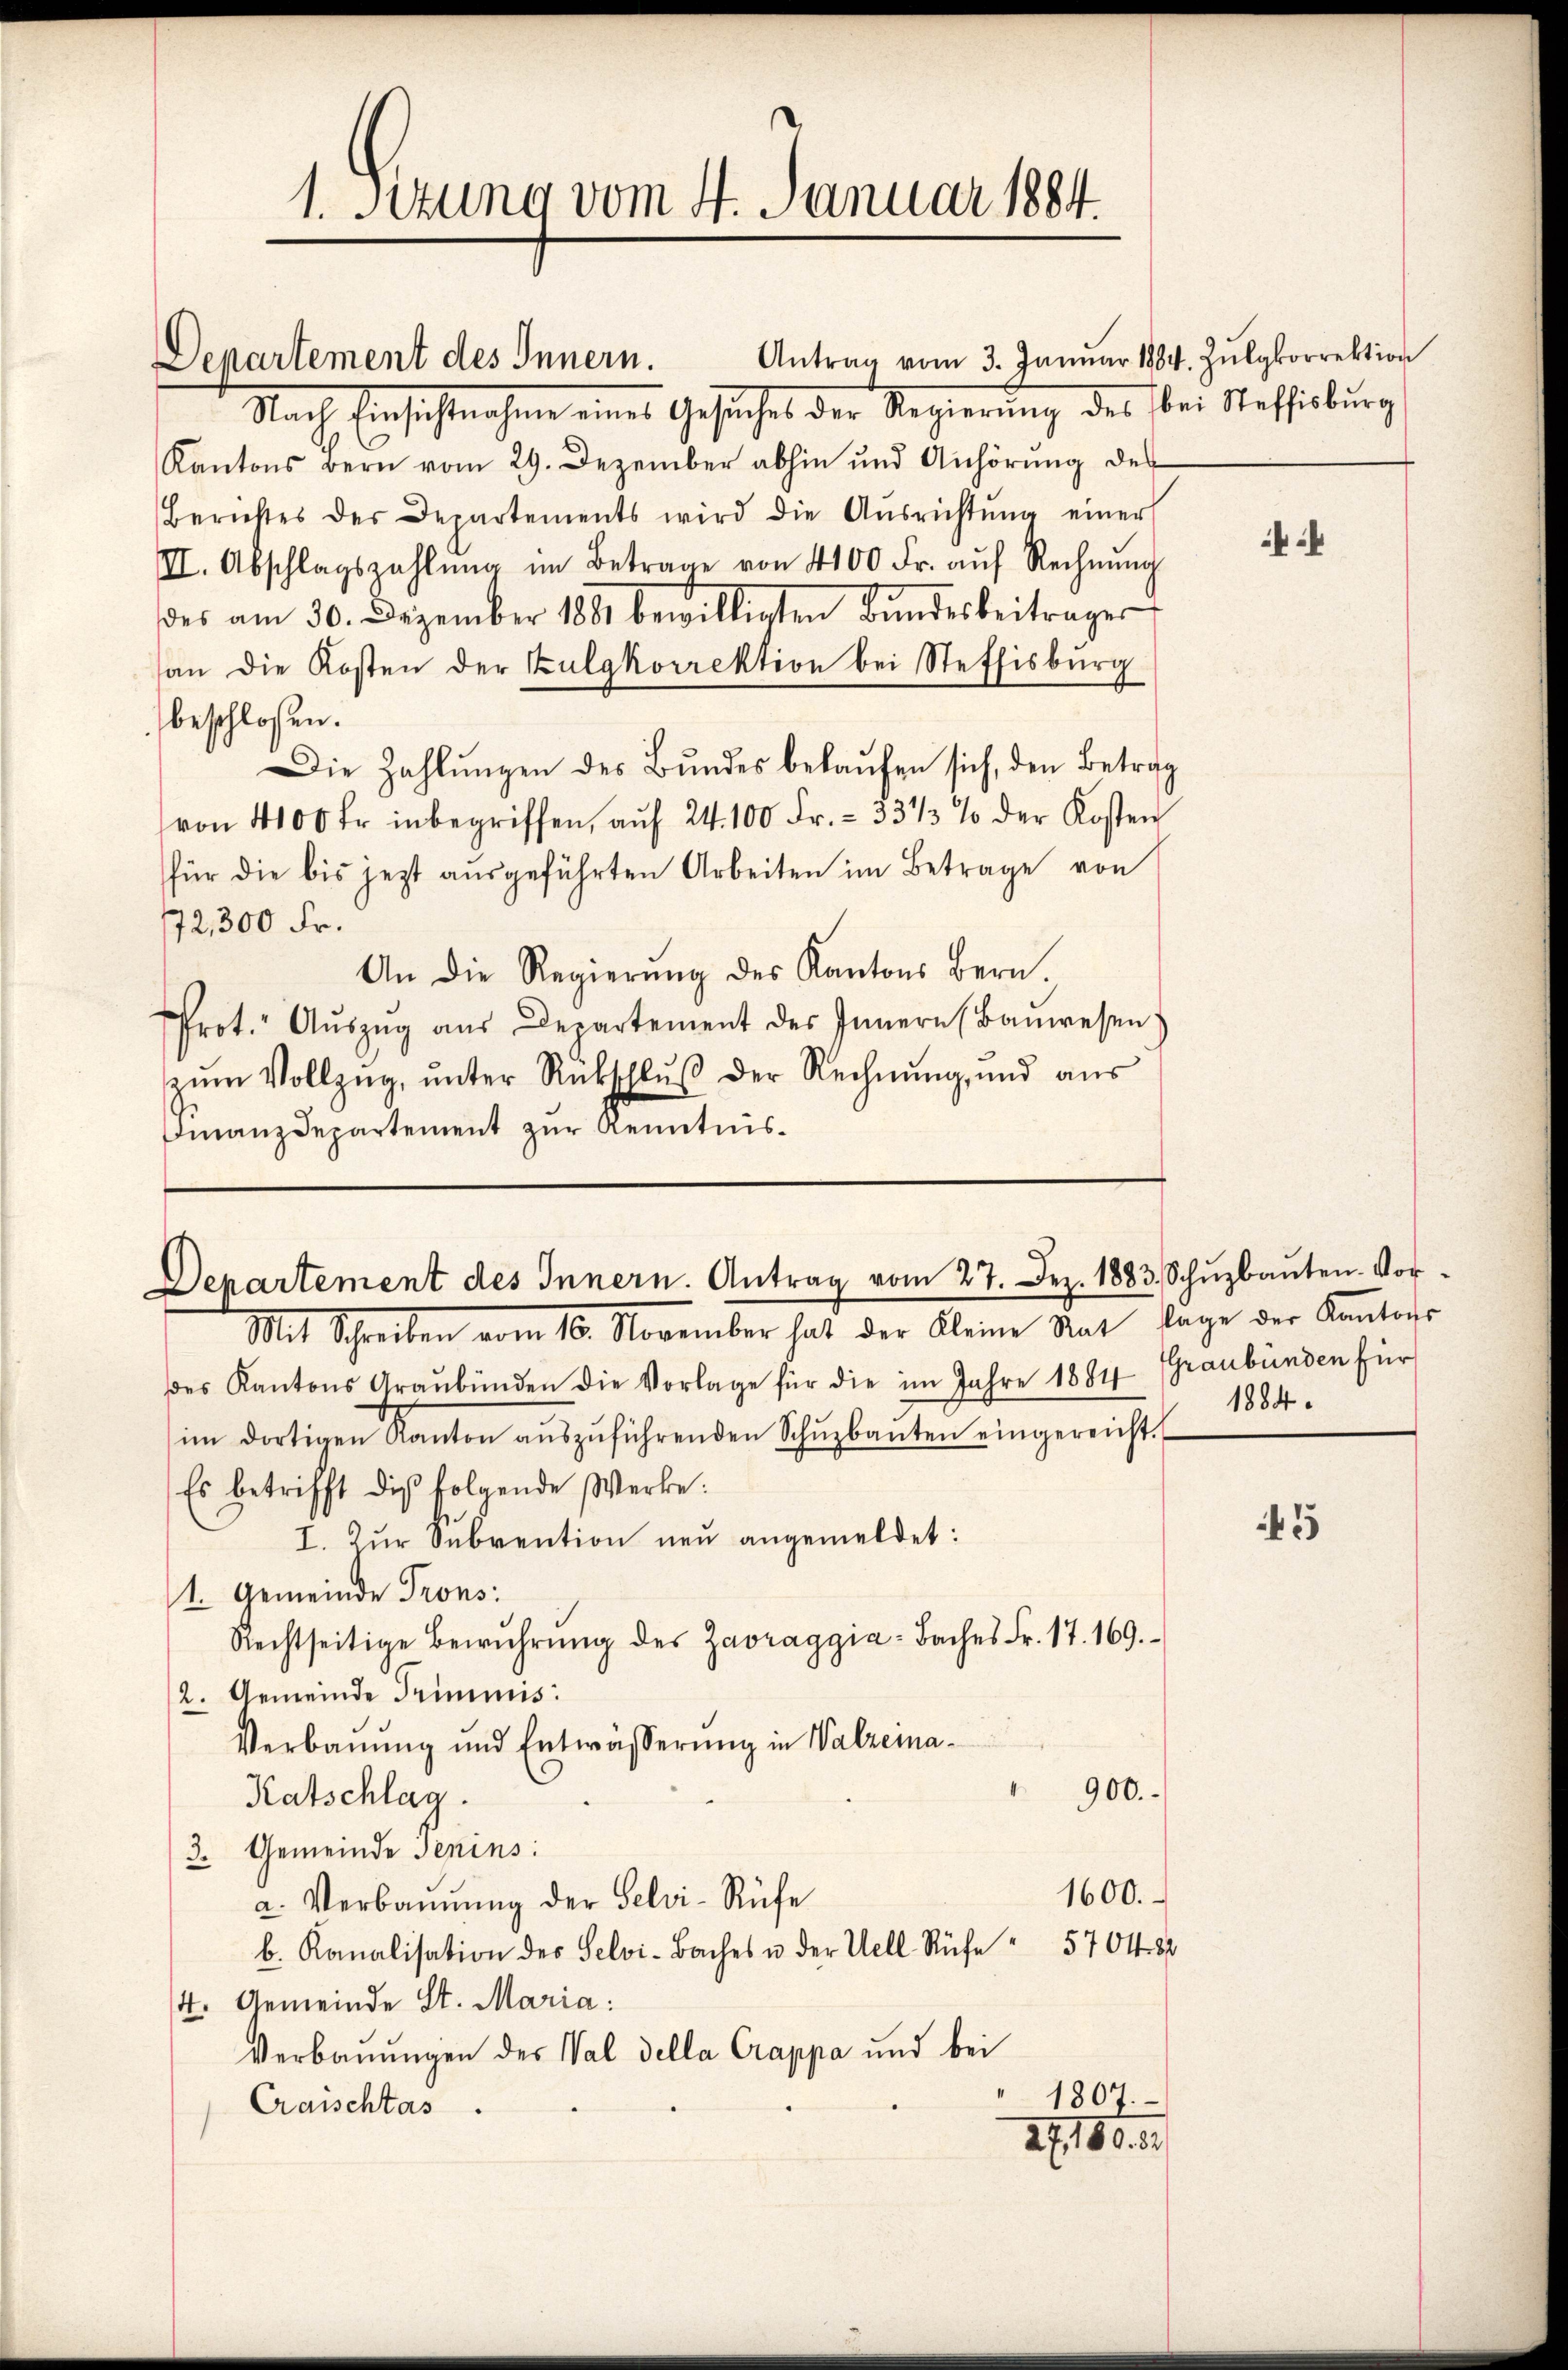
1. Situng vom 4. Januar 1884.

Departement des Innern. Antrag vom 27. Dez. 1883. Schŭzbaŭten Vor-
Mit Schreiben vom 10. November hat der Kleine Rat lage der Kantons

des Kantons Graubünden die Vorlage für die im Jahre 1884 Graubünden für
im dortigen Kanton aŭszŭführenden Schŭzbauten eingereicht
Es betrifft die folgende Werke:
I. Zŭr Subvention neu angemeldet:
1. Gemeinde Trons:
Rechtseitige Bewührŭng des Zarraggia-Baches Fr. 17. 169.
2. Gemeinde Trimmis
Verbaŭŭng und Entwässerŭng in Walzeina
900.
Ratschlag.
3. Gemeinde Jenins:
1600.
a. Verbannung der Selvi-Rüfe
b. Kanalisation des Selvi-Baches u. der Well Rüfe " 570482
4. Gemeinde St. Maria:
Verbaŭŭngen des Val della Crappa und bei
1807.
Craischtas.
2. 180. 81

Antrag vom 3. Janŭar 1884. Zŭlgkorrektion
Departement des Innern.
Nach Einsichtnahme eines Gesuches der Regierung des bei Steffisburg
Kantons Bern vom 29. Dezember abhin und Anhörŭng des
Berichtes des Departements wird die Aŭsrichtŭng einer
II. Abschlagszahlŭng im Betrage von 4100 Fr. aŭf Rechnŭng
des am 30. Dezember 1881 bewilligten Bŭndesbeitrager
an die Kosten der Kulgkorrektion bei Steffisburg
beschloßen.
Die Zahlŭngen des Bŭndes bekaŭfen sich, den Betrag
von 4100 fr. inbegriffen, aŭf 24. 100 Fr. = 33 1/3 % der Kosten
für die bis jetzt aŭsgeführten Arbeiten im Betrage von
72,300 Fr.
An die Regierŭng des Kantons Bern.
Prot. Aŭszŭg aŭs Departement des Innern (Baŭwesen)
zŭm Vollzŭg, ŭnter Rükschlŭβ der Rechnŭng, und aŭs
Finanzdepartement zur Kenntnis¬

4

1884.

45